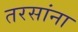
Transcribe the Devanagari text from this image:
तरसांना